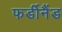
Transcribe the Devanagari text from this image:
फर्डीनैंड